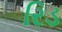
રિડ